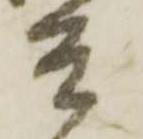
兵